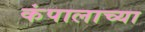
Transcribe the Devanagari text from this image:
कंपालाच्या